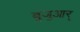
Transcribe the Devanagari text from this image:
बुजुआर्